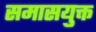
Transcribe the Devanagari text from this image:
समासयुक्त